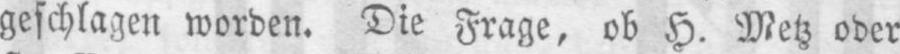
geschlagen worden. Die Frage, ob H. Metz oder